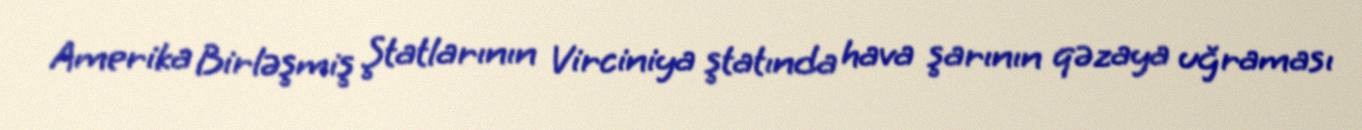
Amerika Birləşmiş Ştatlarının Virciniya ştatında hava şarının qəzaya uğraması